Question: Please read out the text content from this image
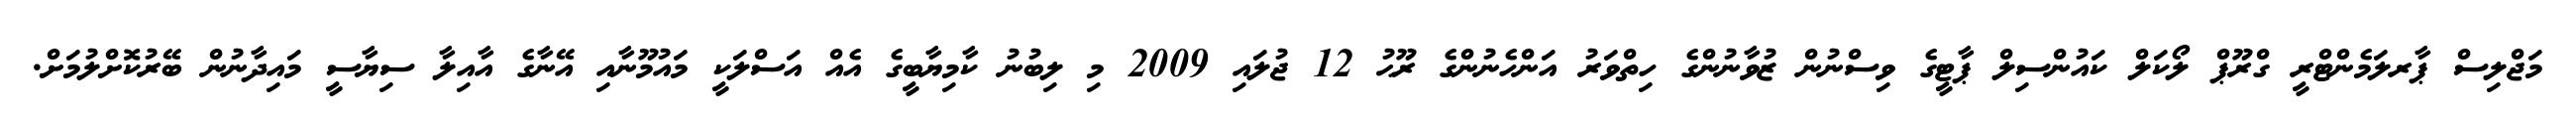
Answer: މަޖްލިސް ޕާރލަމެންޓްރީ ގްރޫޕް ލޯކަލް ކައުންސިލް ޕާޓީގެ ވިސްނުން ޒުވާނުންގެ ހިތްވަރު އަންހެނުންގެ ރޫޙު 12 ޖުލައި 2009 މި ލިބުނު ކާމިޔާބީގެ އެއް އަސްލަކީ މައުމޫނާއި އޭނާގެ އާއިލާ ސިޔާސީ މައިދާނުން ބޭރުކޮށްލުމަށް.